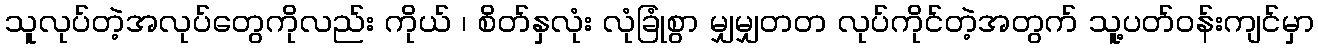
သူလုပ်တဲ့အလုပ်တွေကိုလည်း ကိုယ် ၊ စိတ်နှလုံး လုံခြုံစွာ မျှမျှတတ လုပ်ကိုင်တဲ့အတွက် သူ့ပတ်ဝန်းကျင်မှာ